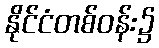
နိုင်ငံတစ်ဝန်း၌